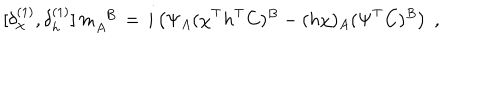
[ \delta _ { \chi } ^ { ( 1 ) } , \delta _ { h } ^ { ( 1 ) } ] \, m _ { A } ^ { \phantom { A } B } \, = \, i \left( \Psi _ { A } ( \chi ^ { \top } h ^ { \top } C ) ^ { B } - ( h \chi ) _ { A } ( \Psi ^ { \top } C ) ^ { B } \right) \; ,